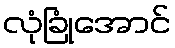
လုံခြုံအောင်